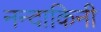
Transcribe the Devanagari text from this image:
नन्दाकिनी